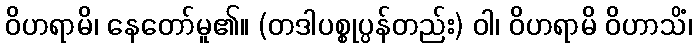
ဝိဟရာမိ၊ နေတော်မူ၏။ (တဒါပစ္စုပ္ပန်တည်း) ဝါ၊ ဝိဟရာမိ ဝိဟာသိံ၊